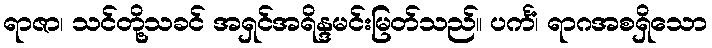
ရာဇာ၊ သင်တို့သခင် အရှင်အရိန္ဒမင်းမြတ်သည်။ ပင်္ကံ၊ ရာဂအစရှိသော